Burma Government Medical School reports 1923-41
Year: 1923
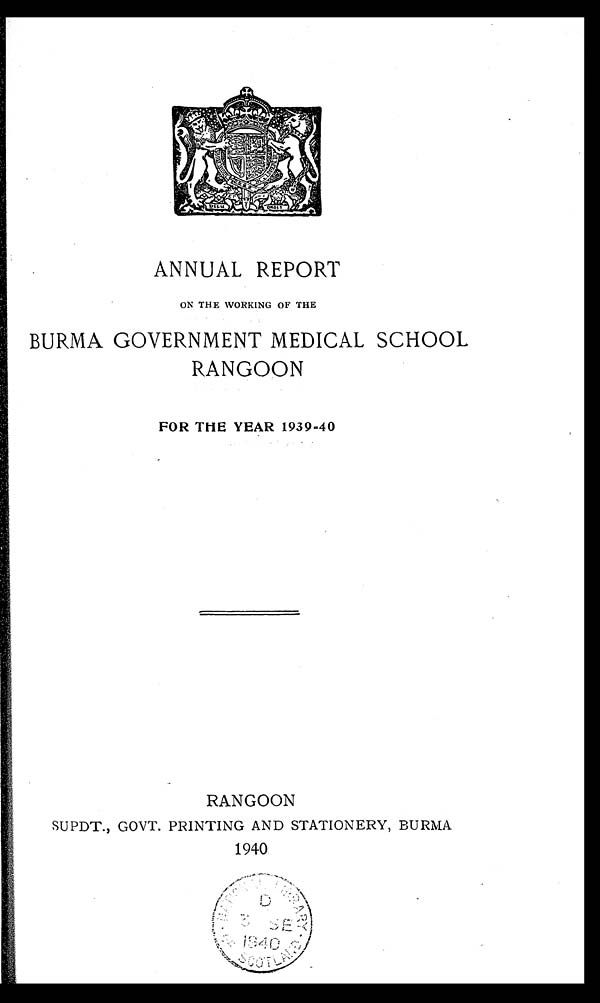
ANNUAL REPORT
ON THE WORKING OF THE
BURMA GOVERNMENT MEDICAL SCHOOL
RANGOON
FOR THE YEAR 1939-40
RANGOON
SUPDT., GOVT. PRINTING AND STATIONERY, BURMA
1940